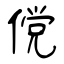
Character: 傥